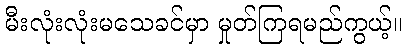
မီးလုံးလုံးမသေခင်မှာ မှုတ်ကြရမည်ကွယ့်။